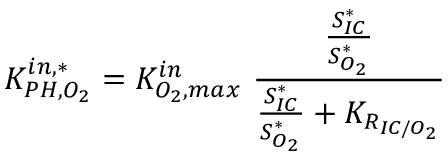
K _ { P H , O _ { 2 } } ^ { i n , * } = K _ { O _ { 2 } , m a x } ^ { i n } \ \frac { \frac { S _ { I C } ^ { * } } { S _ { O _ { 2 } } ^ { * } } } { \frac { S _ { I C } ^ { * } } { S _ { O _ { 2 } } ^ { * } } + K _ { R _ { I C / O _ { 2 } } } }